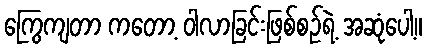
ကြွေကျတာ ကတော့ ဝါလာခြင်းဖြစ်စဉ်ရဲ့ အဆုံပေါ့။